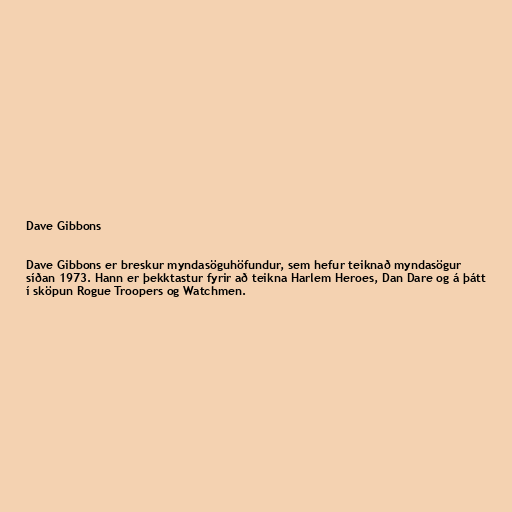
Dave Gibbons

Dave Gibbons er breskur myndasöguhöfundur, sem hefur teiknað myndasögur
síðan 1973. Hann er þekktastur fyrir að teikna Harlem Heroes, Dan Dare og á þátt
í sköpun Rogue Troopers og Watchmen.